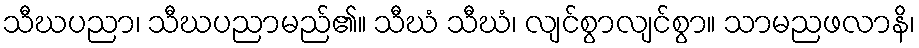
သီဃပညာ၊ သီဃပညာမည်၏။ သီဃံ သီဃံ၊ လျင်စွာလျင်စွာ။ သာမညဖလာနိ၊